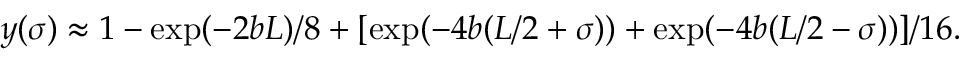
y ( \sigma ) \approx 1 - \exp ( - 2 b L ) / 8 + [ \exp ( - 4 b ( L / 2 + \sigma ) ) + \exp ( - 4 b ( L / 2 - \sigma ) ) ] / 1 6 .